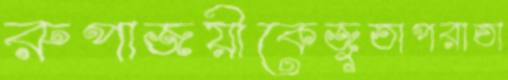
রুপাজয়ীকেজুতাপরাতা